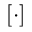
[ \cdot ]